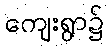
ကျေးရွာ၌